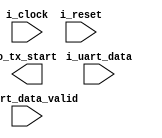
`timescale 1ns/100ps

module uart_interface
#(
    parameter                           NB_DATA         = 8,
    parameter                           NB_OPCODE       = 6,
    parameter                           N_INPUTS        = 3
)
(
    input wire                          i_clock,
    input wire                          i_reset,
    input wire  [NB_DATA-1 : 0]         i_uart_data,
    input wire                          i_uart_data_valid,

    output wire                         o_tx_start

    );
  

    localparam                          NB_STATES               = 3;
    localparam  [NB_STATES-1 : 0]       SAVE_FIRST_OPERATOR     = 3'b001;
    localparam  [NB_STATES-1 : 0]       SAVE_SECOND_OPERATOR    = 3'b010;
    localparam  [NB_STATES-1 : 0]       SAVE_OPCODE             = 3'b100;

    reg         [NB_STATES-1 : 0]       state_alu_fsm;
    reg         [NB_STATES-1 : 0]       state_alu_fsm_next;

    reg                                 tx_start;
    reg                                 tx_start_next;

    reg         [NB_DATA-1 : 0]         uart_rx_data;

//Interface to ALU
    assign                              o_dbg_uart              = state_alu_fsm;
    assign                              o_tx_start              = tx_start;         

    always @(posedge i_clock)
    begin
        
        if(i_reset)
        begin
            state_alu_fsm   <=  SAVE_FIRST_OPERATOR;
        end
        else
        begin
            state_alu_fsm   <=  state_alu_fsm_next;
        end
    
    end    

endmodule